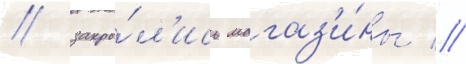
/ закры́л'ись магаз'и́ны //